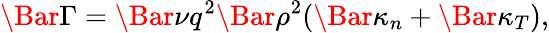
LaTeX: \Bar{\Gamma}=\Bar{\nu}q^{2}\Bar{\rho}^{2}(\Bar{\kappa}_{n}+\Bar{\kappa}_{T}),